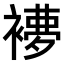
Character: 𧜩